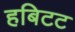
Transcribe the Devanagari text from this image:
हबिटट